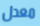
معدل